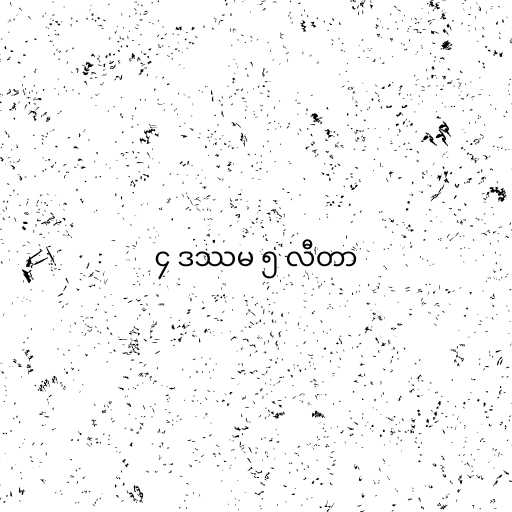
၄ ဒဿမ ၅ လီတာ